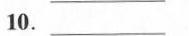
10. ____